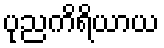
ပုညကိရိယာယ